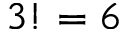
3 ! = 6